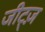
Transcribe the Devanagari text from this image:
जीट्ज़